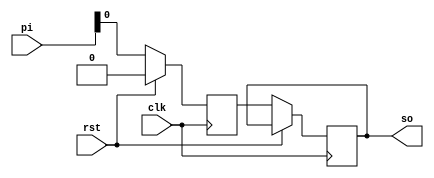
module  piso(clk,rst,pi,so);
input clk,rst;
input [3:0]pi;
output reg so;
reg [3:0]temp;
 
 always@(posedge clk)
 begin
   if(rst)
     temp <= 4'b0000;
   else 
    begin
      temp <= pi;
      so <= temp[0];
	end
 end
endmodule